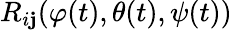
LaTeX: R_{i\mathbf{j}}(\varphi(t),\theta(t),\psi(t))